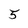
Character: 5